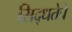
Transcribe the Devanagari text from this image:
सिद्धतेचे